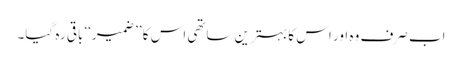
اب صرف وہ اور اس کا بہترین ساتھی اس کا ’’ ضمیر‘‘ باقی رہ گیا۔